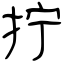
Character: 拧